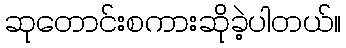
ဆုတောင်းစကားဆိုခဲ့ပါတယ်။